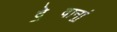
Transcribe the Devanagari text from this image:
दे॒वानां॒